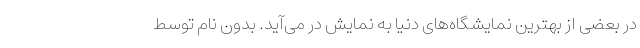
در بعضی از بهترین نمایشگاه‌های دنیا به نمایش در می‌آید. بدون نام توسط